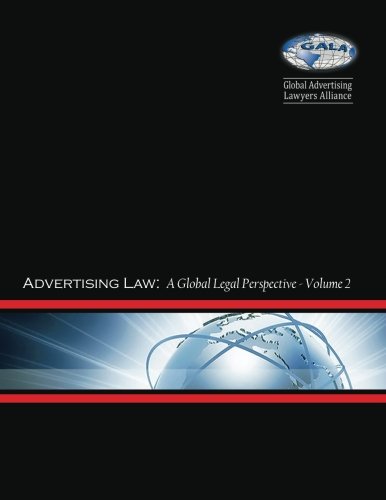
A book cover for Advertising Law II: A Global Legal Perspective: Volume II: Kenya - Zimbabwe (Advertising Law: A Global Legal Perspective ) (Volume 2); Global Advertising Lawyers Alliance; Law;